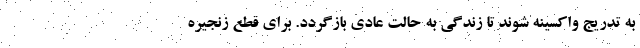
به تدریج واکسینه شوند تا زندگی به حالت عادی بازگردد. برای قطع زنجیره